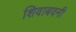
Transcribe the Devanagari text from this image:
शिवाबवनी